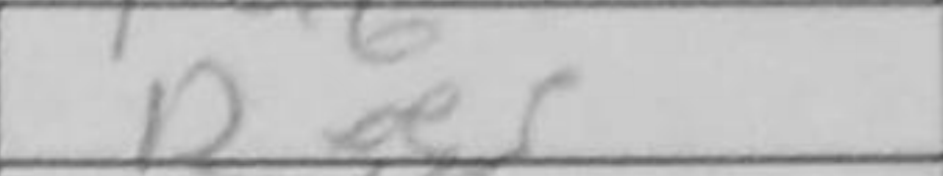
Transcription: Rxe5